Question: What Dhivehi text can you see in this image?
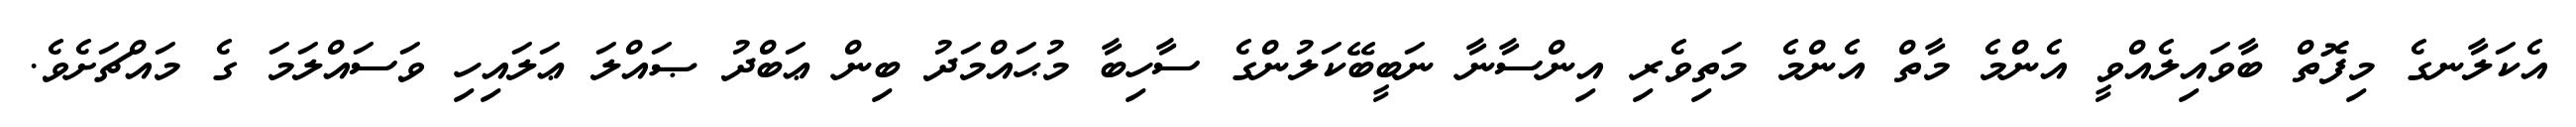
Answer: އެކަލާނގެ މިފޮތް ބާވައިލެއްވީ އެންމެ މާތް އެންމެ މަތިވެރި އިންސާނާ ނަބީބޭކަލުންގެ ސާހިބާ މުޙައްމަދު ބިން ޢަބްދު ޞައްލަ ޢަލައިހި ވަސައްލަމަ ގެ މައްޗަށެވެ.